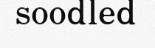
soodled